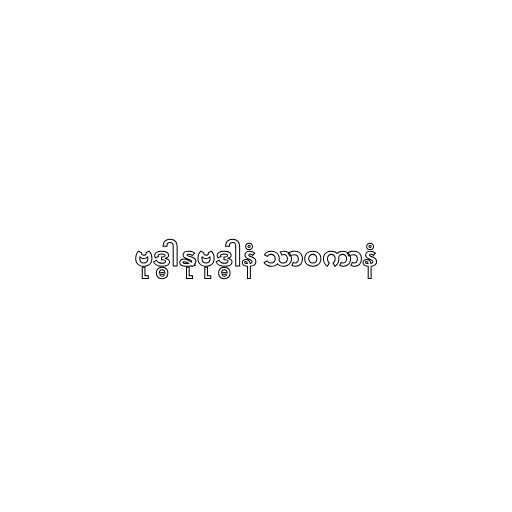
ဗုဒ္ဓါနုဗုဒ္ဓါနံ သာဝကာနံ